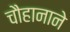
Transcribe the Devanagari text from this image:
चौहानाने